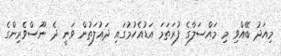
މިއަދު ބޭއްވި މި މައްސަލާގެ ފުރަތަމަ އަޑުއެހުމުގައި ދައުލަތުން ވަނީ ދެ ނޫސްވެރިންގެ